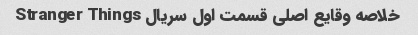
خلاصه وقایع اصلی قسمت اول سریال Stranger Things